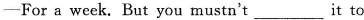
—For a week. But you mustn't___it to